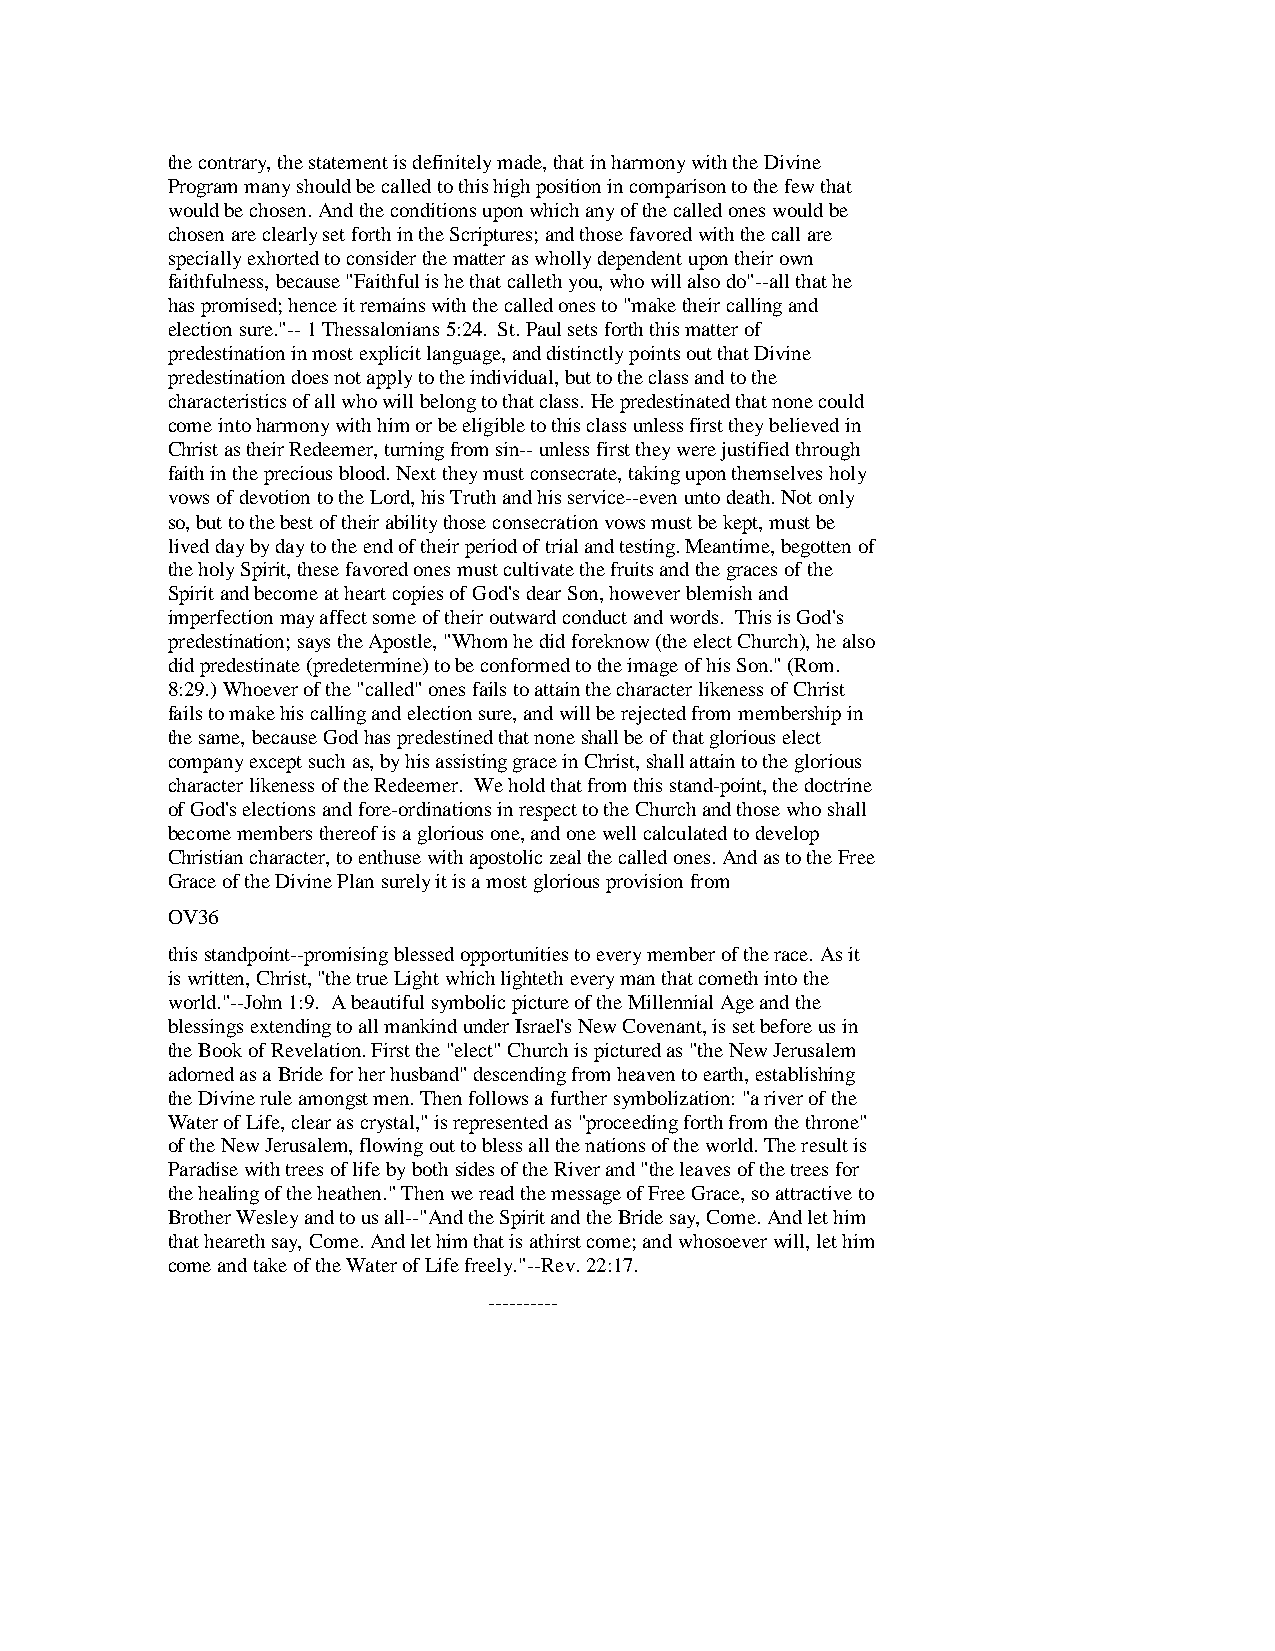
the contrary, the statement is definitely made, that in harmony with the Divine
 Program many should be called to this high position in comparison to the few that
 would be chosen. And the conditions upon which any of the called ones would be
 chosen are clearly set forth in the Scriptures; and those favored with the call are
 specially exhorted to consider the matter as wholly dependent upon their own
 faithfulness, because "Faithful is he that calleth you, who will also do"--all that he
 has promised; hence it remains with the called ones to "make their calling and
 election sure."-- 1 Thessalonians 5:24. St. Paul sets forth this matter of
 predestination in most explicit language, and distinctly points out that Divine
 predestination does not apply to the individual, but to the class and to the
 characteristics of all who will belong to that class. He predestinated that none could
 come into harmony with him or be eligible to this class unless first they believed in
 Christ as their Redeemer, turning from sin-- unless first they were justified through
 faith in the precious blood. Next they must consecrate, taking upon themselves holy
 vows of devotion to the Lord, his Truth and his service--even unto death. Not only
 so, but to the best of their ability those consecration vows must be kept, must be
 lived day by day to the end of their period of trial and testing. Meantime, begotten of
 the holy Spirit, these favored ones must cultivate the fruits and the graces of the
 Spirit and become at heart copies of God's dear Son, however blemish and
 imperfection may affect some of their outward conduct and words. This is God's
 predestination; says the Apostle, "Whom he did foreknow (the elect Church), he also
 did predestinate (predetermine) to be conformed to the image of his Son." (Rom.
 8:29.) Whoever of the "called" ones fails to attain the character likeness of Christ
 fails to make his calling and election sure, and will be rejected from membership in
 the same, because God has predestined that none shall be of that glorious elect
 company except such as, by his assisting grace in Christ, shall attain to the glorious
 character likeness of the Redeemer. We hold that from this stand-point, the doctrine
 of God's elections and fore-ordinations in respect to the Church and those who shall
 become members thereof is a glorious one, and one well calculated to develop
 Christian character, to enthuse with apostolic zeal the called ones. And as to the Free
 Grace of the Divine Plan surely it is a most glorious provision from
 OV36
 this standpoint--promising blessed opportunities to every member of the race. As it
 is written, Christ, "the true Light which lighteth every man that cometh into the
 world."--John 1:9. A beautiful symbolic picture of the Millennial Age and the
 blessings extending to all mankind under Israel's New Covenant, is set before us in
 the Book of Revelation. First the "elect" Church is pictured as "the New Jerusalem
 adorned as a Bride for her husband" descending from heaven to earth, establishing
 the Divine rule amongst men. Then follows a further symbolization: "a river of the
 Water of Life, clear as crystal," is represented as "proceeding forth from the throne"
 of the New Jerusalem, flowing out to bless all the nations of the world. The result is
 Paradise with trees of life by both sides of the River and "the leaves of the trees for
 the healing of the heathen." Then we read the message of Free Grace, so attractive to
 Brother Wesley and to us all--"And the Spirit and the Bride say, Come. And let him
 that heareth say, Come. And let him that is athirst come; and whosoever will, let him
 come and take of the Water of Life freely."--Rev. 22:17.
 ----------